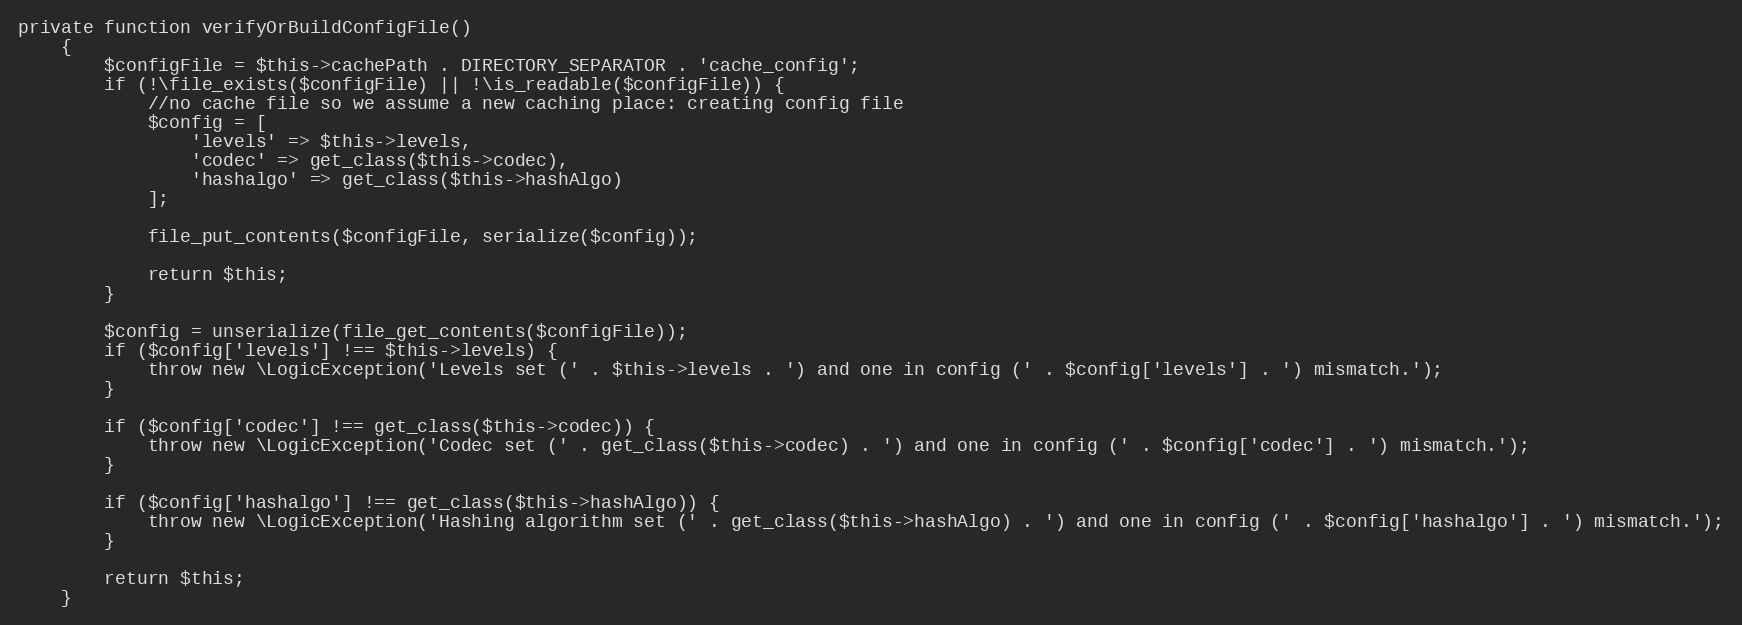
Language: PHP
private function verifyOrBuildConfigFile()
    {
        $configFile = $this->cachePath . DIRECTORY_SEPARATOR . 'cache_config';
        if (!\file_exists($configFile) || !\is_readable($configFile)) {
            //no cache file so we assume a new caching place: creating config file
            $config = [
                'levels' => $this->levels,
                'codec' => get_class($this->codec),
                'hashalgo' => get_class($this->hashAlgo)
            ];

            file_put_contents($configFile, serialize($config));

            return $this;
        }

        $config = unserialize(file_get_contents($configFile));
        if ($config['levels'] !== $this->levels) {
            throw new \LogicException('Levels set (' . $this->levels . ') and one in config (' . $config['levels'] . ') mismatch.');
        }

        if ($config['codec'] !== get_class($this->codec)) {
            throw new \LogicException('Codec set (' . get_class($this->codec) . ') and one in config (' . $config['codec'] . ') mismatch.');
        }

        if ($config['hashalgo'] !== get_class($this->hashAlgo)) {
            throw new \LogicException('Hashing algorithm set (' . get_class($this->hashAlgo) . ') and one in config (' . $config['hashalgo'] . ') mismatch.');
        }

        return $this;
    }